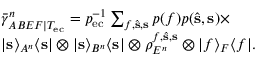
\begin{array} { r l } & { \bar { \gamma } _ { A B E F | T _ { \mathrm { e c } } } ^ { n } = p _ { \mathrm { e c } } ^ { - 1 } \sum _ { f , \hat { \mathbf { s } } , \mathbf { s } } p ( f ) p ( \hat { \mathbf { s } } , \mathbf { s } ) \times } \\ & { \vert \mathbf { s } \rangle _ { A ^ { n } } \langle \mathbf { s } \vert \otimes \vert \mathbf { s } \rangle _ { B ^ { n } } \langle \mathbf { s } \vert \otimes \rho _ { E ^ { n } } ^ { f , \hat { \mathbf { s } } , \mathbf { s } } \otimes \vert f \rangle _ { F } \langle f \vert . } \end{array}